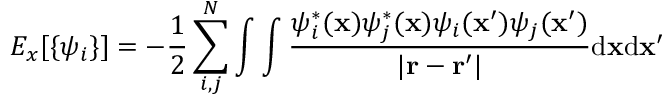
E _ { x } [ \{ \psi _ { i } \} ] = - \frac { 1 } { 2 } \sum _ { i , j } ^ { N } \int \int \frac { \psi _ { i } ^ { * } ( \mathbf { x } ) \psi _ { j } ^ { * } ( \mathbf { x } ) \psi _ { i } ( \mathbf { x } ^ { \prime } ) \psi _ { j } ( \mathbf { x } ^ { \prime } ) } { | \mathbf { r } - \mathbf { r } ^ { \prime } | } \mathrm { d } \mathbf { x } \mathrm { d } \mathbf { x } ^ { \prime }